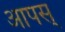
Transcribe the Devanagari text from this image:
आपस्‌